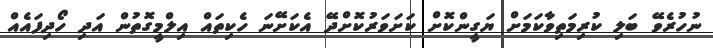
ނުހުރެވޭ ބަލި ކުރިމަތިވާކަމަށް ޔަގީންކޮށް ކަށަވަރުކޮށްދޭ އެކަށޭނަ ހެކިތައް އިލްމީގޮތުން އަދި ހޯދިފައެއް